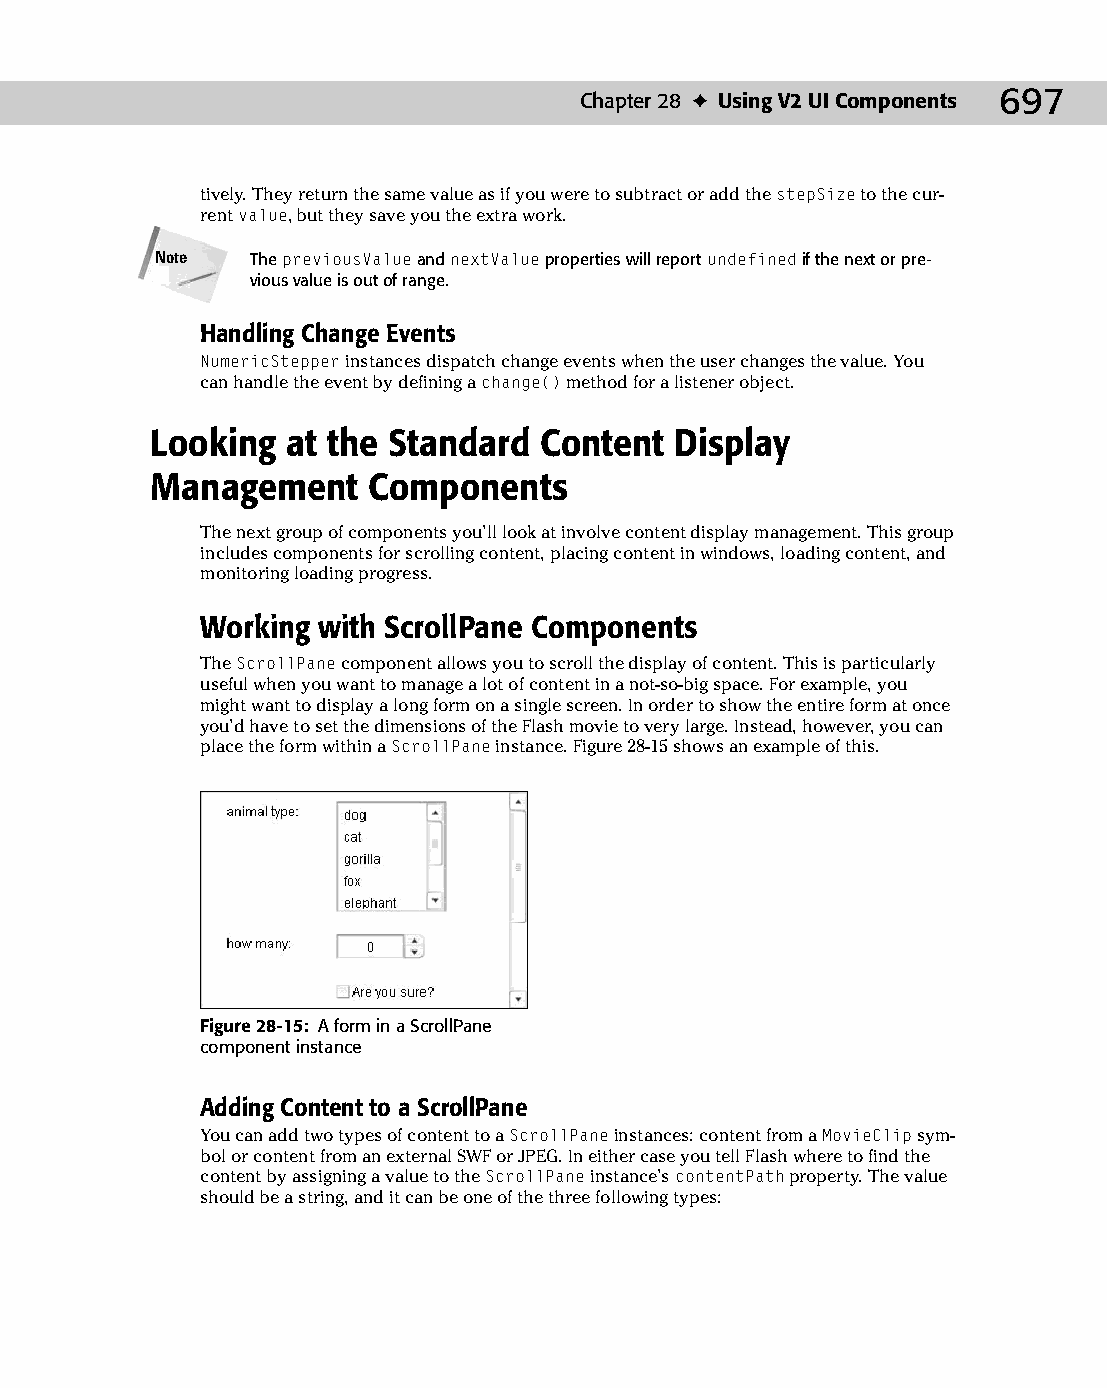
37 543547 ch28.qxd 3/24/04 4:08 PM Page 697
 Chapter 28 ✦ Using V2 UI Components 697
 tively. They return the same value as if you were to subtract or add the stepSize to the cur-
 rent value, but they save you the extra work.
 Note   The previousValue and nextValue properties will report undefined if the next or pre­
 vious value is out of range.
 Handling Change Events
 NumericStepper instances dispatch change events when the user changes the value. You
 can handle the event by defining a change() method for a listener object.
 Looking  at the Standard  Content  Display
 Management    Components
 The next group of components you’ll look at involve content display management. This group
 includes components for scrolling content, placing content in windows, loading content, and
 monitoring loading progress.
 Working with ScrollPane Components
 The ScrollPane component allows you to scroll the display of content. This is particularly
 useful when you want to manage a lot of content in a not-so-big space. For example, you
 might want to display a long form on a single screen. In order to show the entire form at once
 you’d have to set the dimensions of the Flash movie to very large. Instead, however, you can
 place the form within a ScrollPane instance. Figure 28-15 shows an example of this.
 Figure 28-15: A form in a ScrollPane
 component instance
 Adding Content to a ScrollPane
 You can add two types of content to a ScrollPane instances: content from a MovieClip sym­
 bol or content from an external SWF or JPEG. In either case you tell Flash where to find the
 content by assigning a value to the ScrollPane instance’s contentPath property. The value
 should be a string, and it can be one of the three following types: